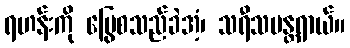
ရဟန်းကို မြွေစသည်ခဲအံ့၊ သရီသပန္တရာယ်။